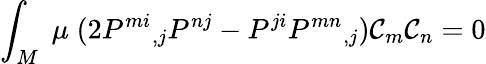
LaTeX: \int_{M}\; \mu\; (2P^{mi}{}_{,j}P^{nj}-P^{ji}P^{mn}{}_{,j})\mathcal{C}_{m}\mathcal{C}_{n}=0